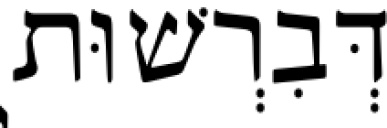
דְּבִרְשׁוּת